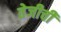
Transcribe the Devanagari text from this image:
तेजीची